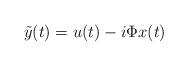
LaTeX: \begin{align*}\tilde{y}(t) = u(t) - i \Phi x(t)\end{align*}